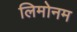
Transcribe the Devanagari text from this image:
लिमोनम